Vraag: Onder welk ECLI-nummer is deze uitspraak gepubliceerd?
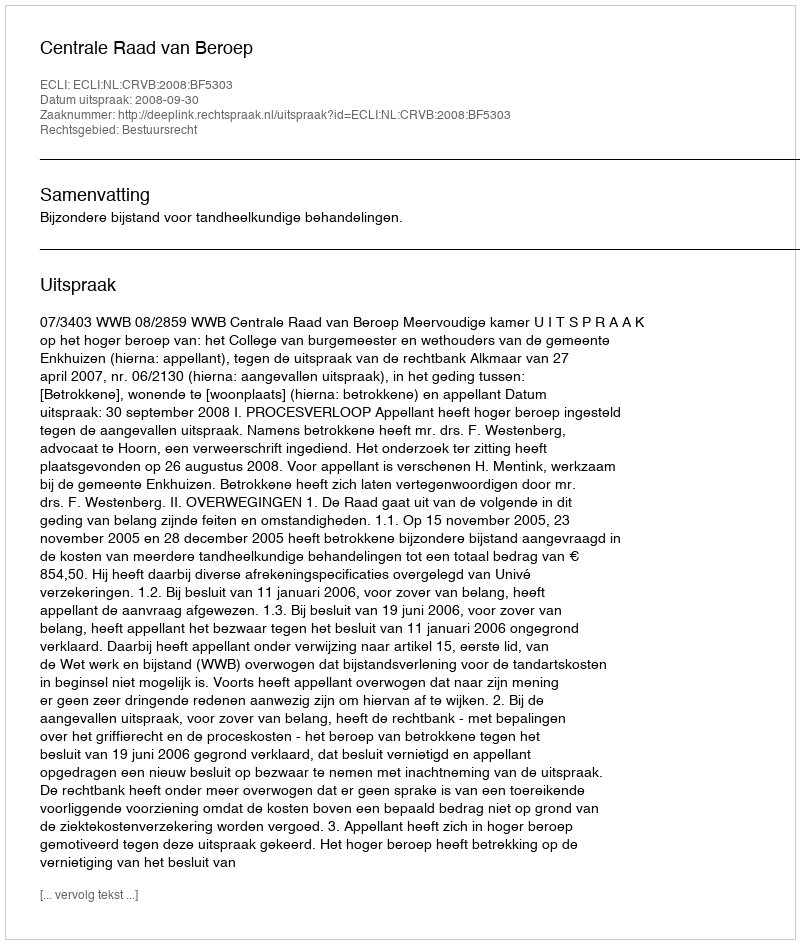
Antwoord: ECLI:NL:CRVB:2008:BF5303